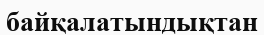
байқалатындықтан